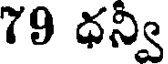
79 ధన్వి